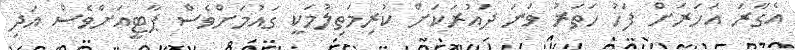
އެގާރަަ އަހަރަށް ފަހު ހަތަރު ވަނަ ދައުރަކަށް ކުރިމަތިލުމަކީ ގައުމަށްވެސް ޕާޓީއަށްވެސް އަދި